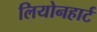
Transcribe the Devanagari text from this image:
लियोनहार्ट